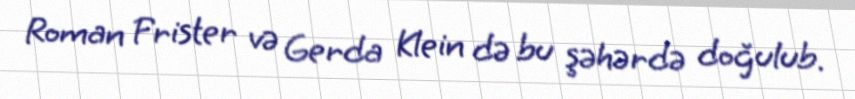
Roman Frister və Gerda Klein də bu şəhərdə doğulub.